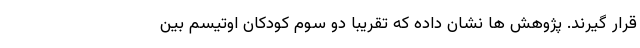
قرار گیرند. پژوهش ها نشان داده که تقریباً دو سوم کودکان اوتیسم بین